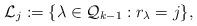
LaTeX: \begin{align*}{\mathcal L}_j:=\{\lambda\in{\mathcal Q}_{k-1}:r_\lambda=j\},\end{align*}